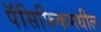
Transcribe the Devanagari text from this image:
पॅसिफिकमधील